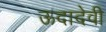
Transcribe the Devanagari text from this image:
ऊदादेवी